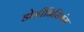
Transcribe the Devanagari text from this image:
डोमीनिसियंस